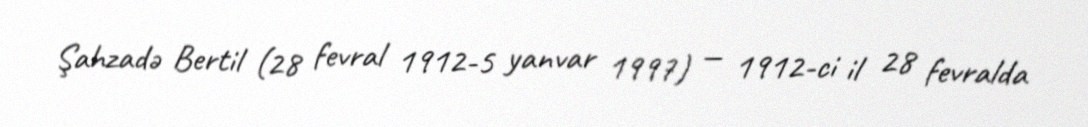
Şahzadə Bertil (28 fevral 1912-5 yanvar 1997) — 1912-ci il 28 fevralda